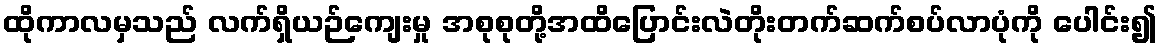
ထိုကာလမှသည် လက်ရှိယဉ်ကျေးမှု အစုစုတို့အထိပြောင်းလဲတိုးတက်ဆက်စပ်လာပုံကို ပေါင်း၍